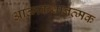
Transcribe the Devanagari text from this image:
आत्मकथानत्मक